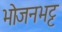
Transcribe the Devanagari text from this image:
भोजनभट्ट